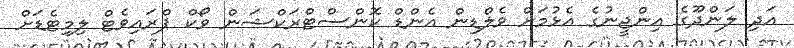
އަދި ލަންދޫގެ އިންޖީނުގެ އެޅުމަށް ވެލްޑިން އެންޑް ކޮންސްޓްރަކްޝަން ވޯކް ޕްރައިވެޓް ލިމިޓެޑަށް